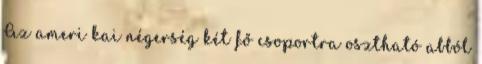
Az ameri kai négerség két fő csoportra osztható abból